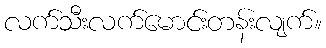
လက်သီးလက်မောင်းတန်းလျက်။